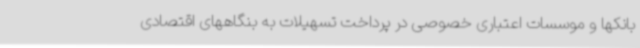
بانکها و موسسات اعتباری خصوصی در پرداخت تسهیلات به بنگاههای اقتصادی